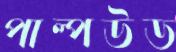
পাল্পউড